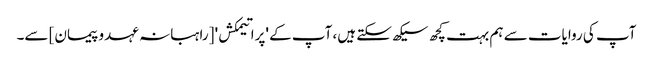
آپ کی روایات سے ہم بہت کچھ سیکھ سکتے ہیں، آپ کے 'پراتیمکش' [راہبانہ عہدو پیمان] سے۔